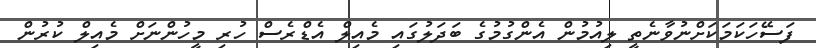
ފަސޭހަކަމަކަށްނުވާނެތީ ލިއުމުން އެންގުމުގެ ބަދަލުގައި މެއިލް އެޑްރެސް ހުރި މީހުންނަށް މެއިލް ކުރުން